Malaria in the Punjab - Number 46
Disease focus: Malaria
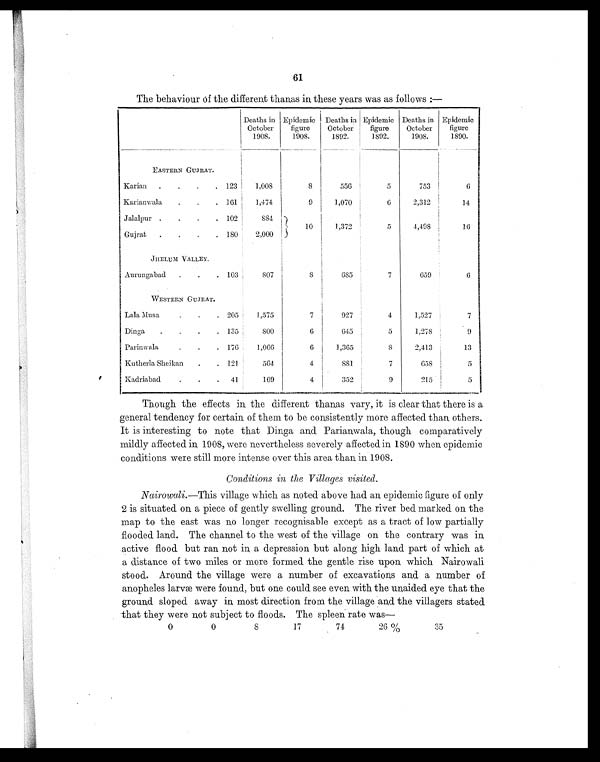
61
The behaviour of the different thanas in these years was as follows:—
Deaths in
October
1908.
Epidemic
figure
1908.
Deaths in
October
1892.
Epidemic
figure
1892.
Deaths in
October
1908.
Epidemic
figure
1890.
EASTERN GUJRAT.
Karian .
.
.
. 123
1,008
8
556
5
753
6
Karianwala
.
.
. 161
1,474
9
1,070
6
2,312
14
Jalalpur .
.
.
. 102
884
10
1,372
5
4,498
16
Gujrat .
.
.
. 180
2,000
JHELUM VALLEY.
Aurungabad .
.
. 103
807
8
685
7
659
6
WESTERN GUJRAT.
Lala Musa
.
.
. 205
1,575
7
927
4
1,527
7
Dinga
.
.
.
. 135
800
6
645
5
1,278
9
Parinwala
.
.
. 176
1,066
6
1,365
8
2,413
13
Kutherla Sheikan
.
. 121
564
4
881
7
658
5
Kadriabad
.
.
. 41
169
4
352
9
215
5
Though the effects in the different thanas vary, it is clear that there is a
general tendency for certain of them to be consistently more affected than others.
It is interesting to note that Dinga and Parianwala, though comparatively
mildly affected in 1908, were nevertheless severely affected in 1890 when epidemic
conditions were still more intense over this area than in 1908.
Conditions in the Villages visited.
Nairowali. —This village which as noted above had an epidemic figure of only
2 is situated on a piece of gently swelling ground. The river bed marked on the
map to the east was no longer recognisable except as a tract of low partially
flooded land. The channel to the west of the village on the contrary was in
active flood but ran not in a depression but along high land part of which at
a distance of two miles or more formed the gentle rise upon which Nairowali
stood. Around the village were a number of excavations and a number of
anopheles larvæ were found, but one could see even with the unaided eye that the
ground sloped away in most direction from the village and the villagers stated
that they were not subject to floods. The spleen rate was
—
0
0
8
17
74
26%
35